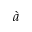
\grave { a }